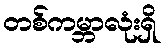
တစ်ကမ္ဘာလုံးရှိ